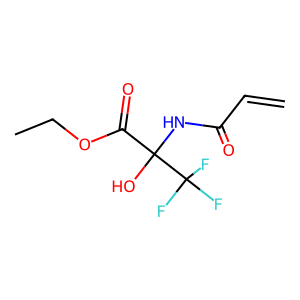
SMILES: C=CC(=O)NC(O)(C(=O)OCC)C(F)(F)F
Inhibits HIV replication: No